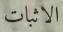
الاثبات